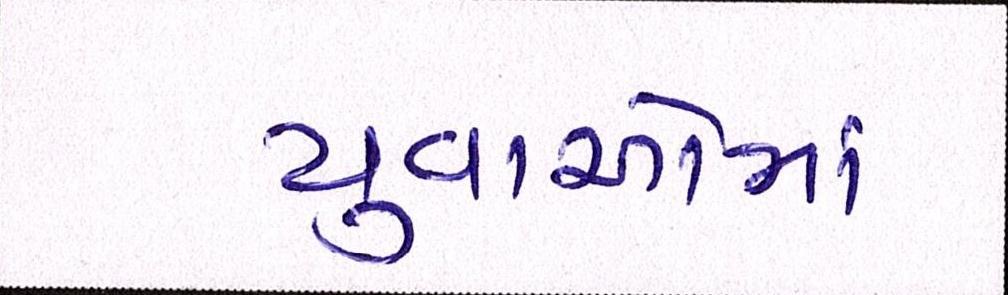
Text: યુવાઓમાં